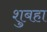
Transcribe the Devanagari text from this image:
शुबहा